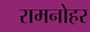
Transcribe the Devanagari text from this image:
रामनोहर